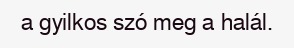
a gyilkos szó meg a halál.